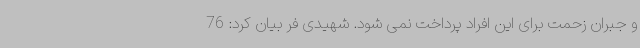
و جبران زحمت برای این افراد پرداخت نمی شود. شهیدی فر بیان کرد: 76